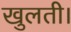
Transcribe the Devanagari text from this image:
खुलती।